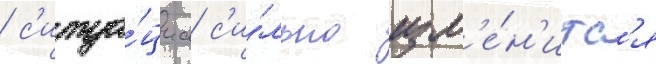
/ с'итуа́циа с'и́льно изм'е́н'итс'я